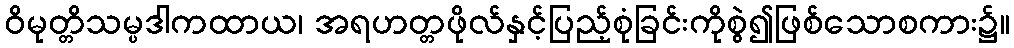
ဝိမုတ္တိသမ္ပဒါကထာယ၊ အရဟတ္တဖိုလ်နှင့်ပြည့်စုံခြင်းကိုစွဲ၍ဖြစ်သောစကား၌။